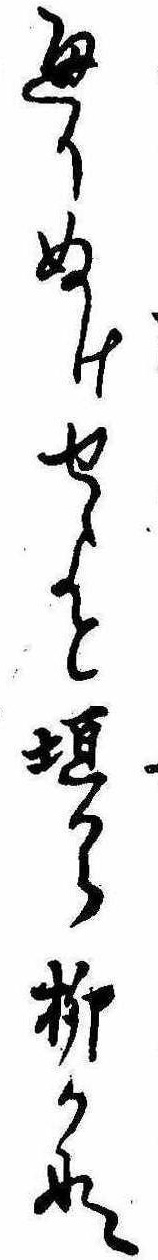
通りぬけせよと垣から柳かな